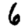
Digit: 6